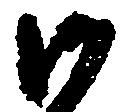
沙